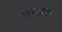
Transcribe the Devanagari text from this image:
अत्याग्रही